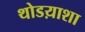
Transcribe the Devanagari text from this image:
थोडय़ाशा